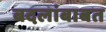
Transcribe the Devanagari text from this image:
बदलांबाबत